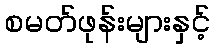
စမတ်ဖုန်းများနှင့်